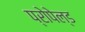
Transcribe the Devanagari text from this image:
प्रोपेल्ड